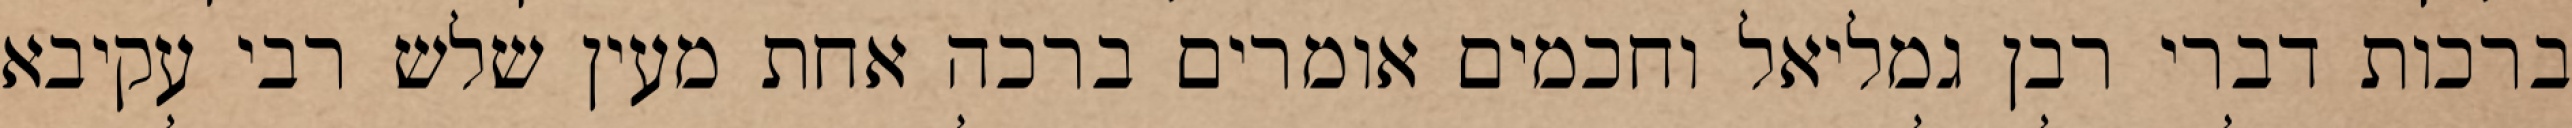
ברכות דברי רבן גמליאל וחכמים אומרים ברכה אחת מעין שלש רבי עקיבא